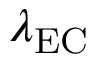
\lambda _ { \mathrm { E C } }